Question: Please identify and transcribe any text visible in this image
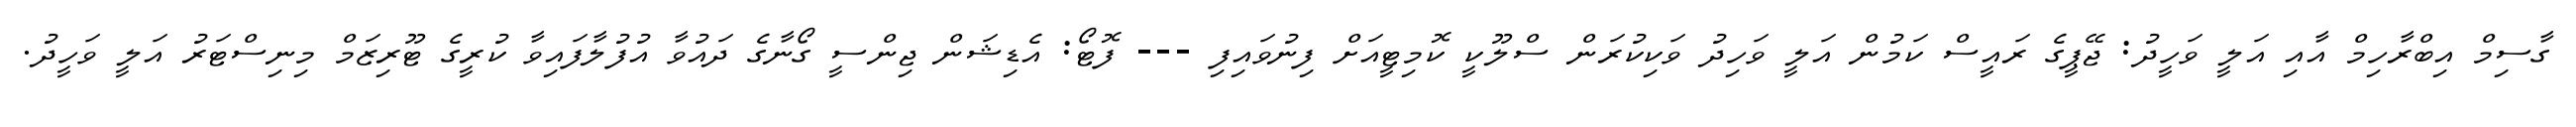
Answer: ގާސިމް އިބްރާހިމް އާއި އަލީ ވަހީދު: ޖޭޕީގެ ރައީސް ކަމުން އަލީ ވަހިދު ވަކިކުރަން ސްލޫކީ ކޮމިޓީއަށް ފިނުވައިފި --- ފޮޓޯ: އެޑިޝަން ޖިންސީ ގޯނާގެ ދައުވާ އުފުލާފައިވާ ކުރީގެ ޓޫރިޒަމް މިނިސްޓަރު އަލީ ވަހީދު.